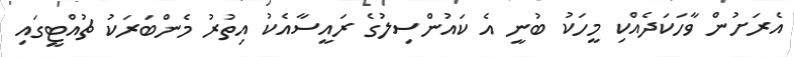
އެރަށުން ވާހަކަދެއްކި މީހަކު ބުނީ އެ ކައުންސިލުގެ ރައީސާއެކު އިތުރު މެންބަރަކު ޗުއްޓީގައި